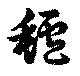
罏